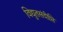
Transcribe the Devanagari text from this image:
विद्युतसंदीप्ति